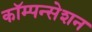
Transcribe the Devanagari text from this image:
कॉम्पन्सेशन